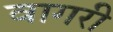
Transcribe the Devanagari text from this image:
वागरी